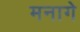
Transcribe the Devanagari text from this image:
मनागे